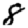
Digit: 8